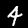
Digit: 4